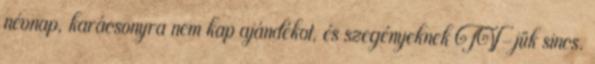
névnap, karácsonyra nem kap ajándékot, és szegényeknek TV-jük sincs.